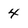
Character: 4